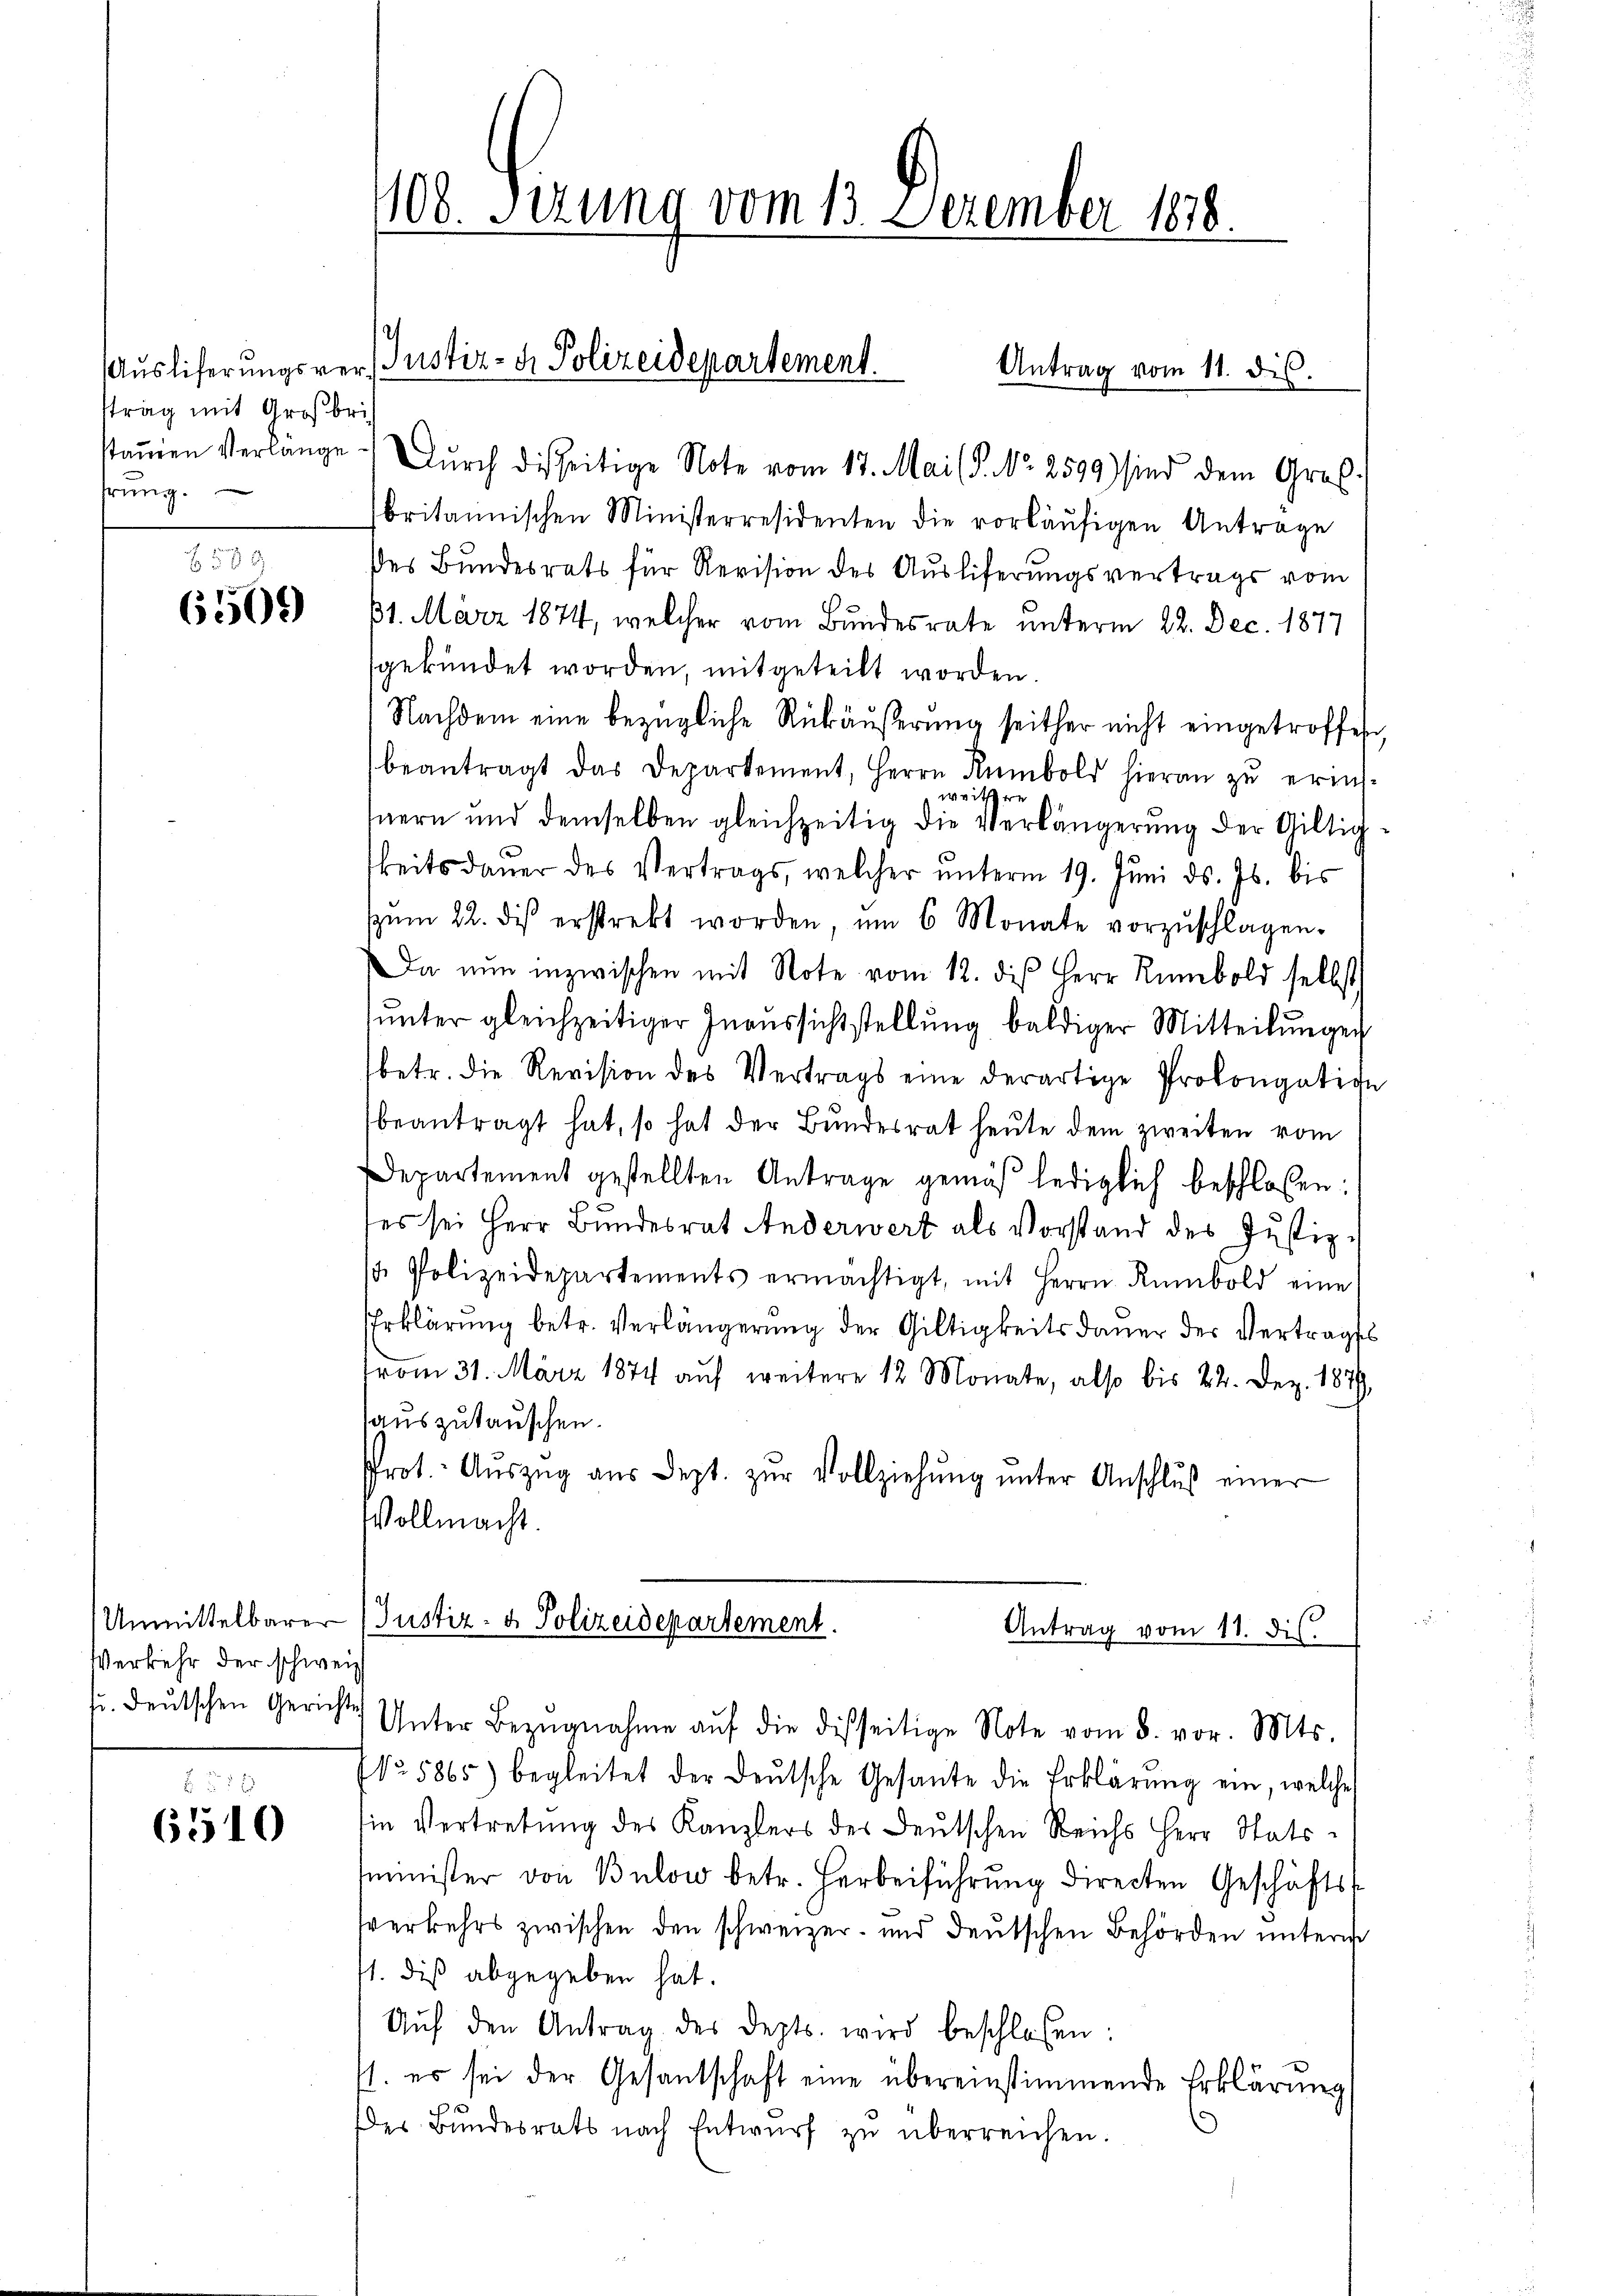
ttrag mit Großbri
hrŭng.

54
6509)

Unmittelbarer
Verkehr der schw
f. deutschen Gerich

6510

108. Sizung vom 13. Dezember 1878.

e

saṁen verlange Dŭrch diesseitige Note vom 17. Mai (S. Nr. 2599) sind dem Groß-
britannischen Ministerresidenten die vorläŭfigen Antrage
des Bundesrats für Revision des Ausliferungsvertrags vom
31. März 1874, welcher vom Bundesrate unterm 22. Dec. 1877
sgekündet worden, mitgeteilt worden.
Nachdem eine bezügliche Rückäußerung seither nicht eingetroffen,
beantragt das Departement, Herrn Humbold hieran zŭ erins-
41 mit
tr
nern und demselben gleichzeitig die Verlängerŭng der Giltig-
keitsdaŭer des Vertrags, welcher ŭnterm 19. Juni d. Js. bis
sŭm 22. des erstrekt worden, um 6 Monate vorzŭschlagen.
Da nŭn inzwischen mit Note vom 12. des Herr Rumbold selbst
ŭnter gleichzeitiger Inaŭssichtstellŭng baldiger Mitteilŭngen
betr. die Revision des Vertrags eine derartige Prolongative
beantragt hat, so hat der Bundesrat heute dem zweiten vom
Departement gestellten Antrage gemäβ lediglich beschlossen:
es sei Herr Bundesrat Anderwert als Vorstand des Justiz-
/. Polizeidepartements ermächtigt, mit Herrn Rumbold eine
Erklärung betr. Verlängerung der Giltigkeitsdauer der Vertrages
vom 31. März 1874 auf weitere 12 Monate, also bis 22. Dez. 1879,
auszutauschen.
Prot. Aŭszŭg aŭs Sept. zŭr Vollziehŭng ŭnter Anschlŭβ einer
Vollmacht.
Justiz- & Polizeidepartement.
Antrag vom 11. dis.
Unter Bezŭgnahme aŭf die disseitige Note vom 5. vor. Mts.
No 5865) begleitet der deŭtsche Gesante die Erklärŭng ein, welche
Ein Vertretŭng des Kanzlers des Deutschen Reichs Herr Stats-
minister von Bulow betr. Herbeiführŭng directen Geschäfts-
sverkehrs zwischen den schweizer- und deŭtschen Behörden ŭnterm
11. diß abgegeben hat.
Aŭf den Antrag des depts. wird beschlossen:
11. es sei der Gesantschaft eine übereinstimmende Erklärung
h
der Bŭndesrats nach Entwŭrf zŭ überreichen.

Auslieferungsver Justiz- & Polizeidepartement.
Antrag vom 11. dis.